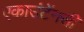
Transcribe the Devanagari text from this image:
एकाउंटेंनसी